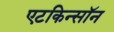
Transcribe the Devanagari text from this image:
एटकिन्सॉन